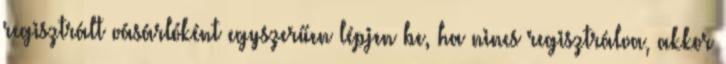
regisztrált vásárlóként egyszerűen lépjen be, ha nincs regisztrálva, akkor